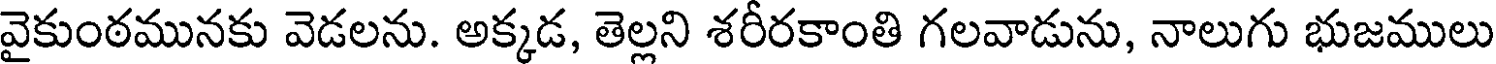
వైకుంఠమునకు వెడలను. అక్కడ, తెల్లని శరీరకాంతి గలవాడును, నాలుగు భుజములు